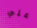
علي